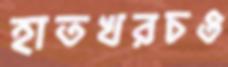
হাতখরচও